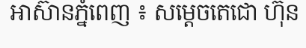
អាស៊ានភ្នំពេញ ៖ សម្តេចតេជោ ហ៊ុន